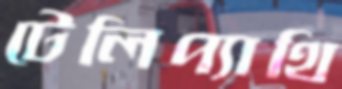
টেলিপ্যাথি